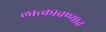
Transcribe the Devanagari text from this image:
लात्कावण्यात